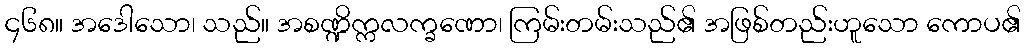
၄၆၈။ အဒေါသော၊ သည်။ အစဏ္ဍိက္ကလက္ခဏော၊ ကြမ်းတမ်းသည်၏ အဖြစ်တည်းဟူသော ကောပ၏